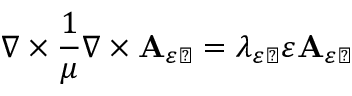
\nabla \times \frac { 1 } { \mu } \nabla \times \mathbf { A } _ { \varepsilon \perp } = \lambda _ { \varepsilon \perp } \varepsilon \mathbf { A } _ { \varepsilon \perp }